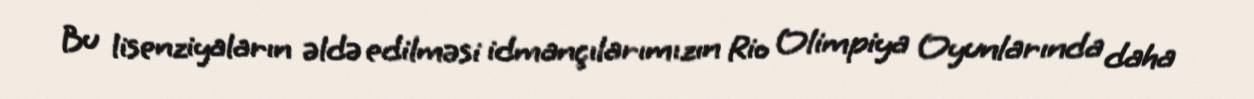
Bu lisenziyaların əldə edilməsi idmançılarımızın Rio Olimpiya Oyunlarında daha